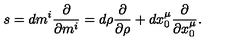
s = d m ^ { i } { \frac { \partial } { \partial m ^ { i } } } = d \rho { \frac { \partial } { \partial \rho } } + d x _ { 0 } ^ { \mu } { \frac { \partial } { \partial x _ { 0 } ^ { \mu } } } .